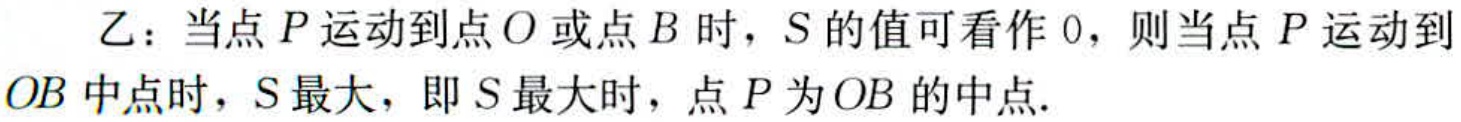
乙：当点\(P\)运动到点\(O\)或点\(B\)时，\(S\)的值可看作\(0\)，则当点\(P\)运动到\(OB\)中点时，\(S\)最大，即\(S\)最大时，点\(P\)为\(OB\)的中点.